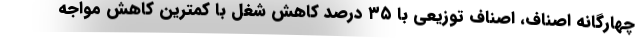
چهارگانه اصناف، اصناف توزیعی با ۳۵ درصد کاهش شغل با کمترین کاهش مواجه